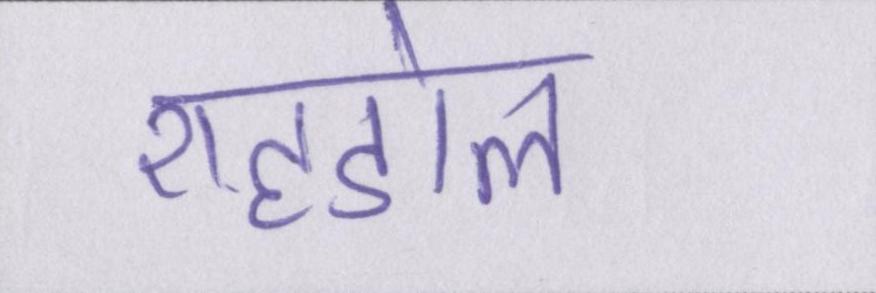
शहडोल